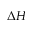
\Delta H